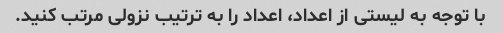
با توجه به لیستی از اعداد، اعداد را به ترتیب نزولی مرتب کنید.